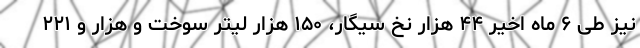
نیز طی ۶ ماه اخیر ۴۴ هزار نخ سیگار، ۱۵۰ هزار لیتر سوخت و هزار و ۲۲۱